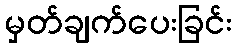
မှတ်ချက်ပေးခြင်း